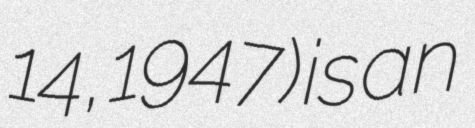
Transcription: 14, 1947) is an